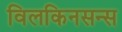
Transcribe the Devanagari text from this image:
विलकिनसन्स